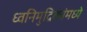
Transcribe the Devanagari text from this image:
ध्वनिमुद्रिकांमध्ये